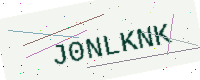
Text: J0NLKNK